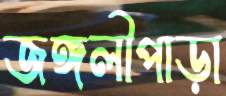
জঙ্গলীপাড়া